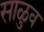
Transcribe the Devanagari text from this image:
साळुव